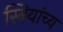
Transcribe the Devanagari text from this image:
स्त्रियांच्य